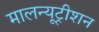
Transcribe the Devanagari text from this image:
मालन्यूट्रीशन